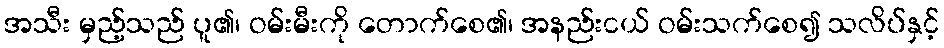
အသီး မှည့်သည် ပူ၏၊ ဝမ်းမီးကို တောက်စေ၏၊ အနည်းငယ် ဝမ်းသက်စေ၍ သလိပ်နှင့်